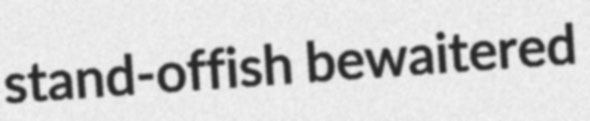
stand-offish bewaitered